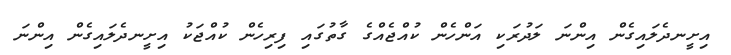
އިށީނދެލައިގެން އިންނަ ލަދުރަކި އަންހެން ކުއްޖެއްގެ ގާތުގައި ފިރިހެން ކުއްޖަކު އިށީނދެލައިގެން އިންނަ